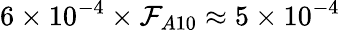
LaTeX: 6\times10^{-4}\times\mathcal{F}_{A10}\approx5\times10^{-4}